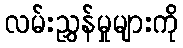
လမ်းညွှန်မှုများကို